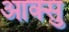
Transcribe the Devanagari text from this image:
आक्सु